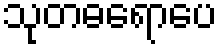
သုတဓရောပေ